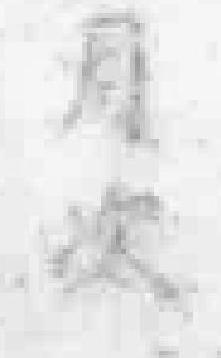
月次